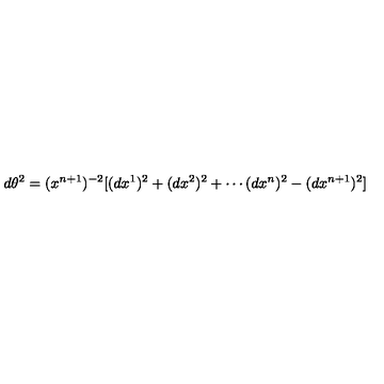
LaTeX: d \theta ^ { 2 } = ( x ^ { n + 1 } ) ^ { - 2 } [ ( d x ^ { 1 } ) ^ { 2 } + ( d x ^ { 2 } ) ^ { 2 } + \cdots ( d x ^ { n } ) ^ { 2 } - ( d x ^ { n + 1 } ) ^ { 2 } ]